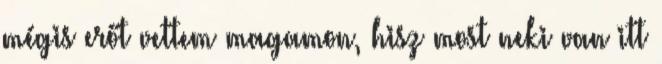
mégis erőt vettem magamon, hisz most neki van itt